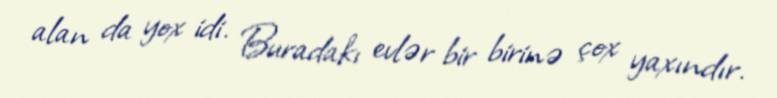
alan da yox idi. Buradakı evlər bir birinə çox yaxındır.